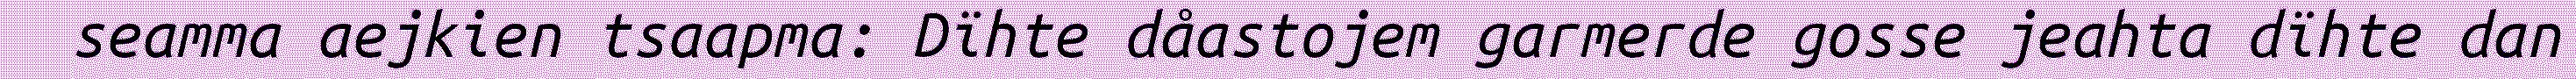
seamma aejkien tsaapma: Dïhte dåastojem garmerde gosse jeahta dïhte dan